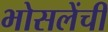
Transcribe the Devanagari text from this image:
भोसलेंची